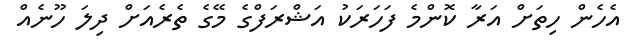
އެހެން ހިތަށް އަރާ ކޮންމެ ފަހަރަކު އަޝްރަފްގެ މޭގެ ތެރެއަށް ދިލަ ހޫނެއް